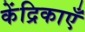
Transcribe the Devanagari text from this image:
केंद्रिकाएँ